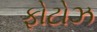
ફોટોઝ